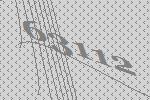
63112